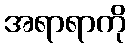
အရာရာကို